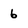
Character: 6